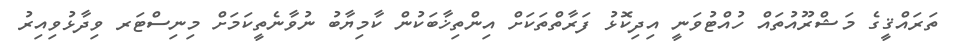
ތަރައްޤީގެ މަޝްރޫއުތައް ހުއްޓުވަނީ އިދިކޮޅު ފަރާތްތަކަށް އިންތިޚާބަކުން ކާމިޔާބު ނުވާނެތީކަމަށް މިނިސްޓަރ ވިދާޅުވިއިރު